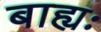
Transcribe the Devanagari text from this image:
बाह्यः